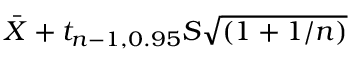
{ \bar { X } } + t _ { n - 1 , 0 . 9 5 } S { \sqrt { \left( 1 + 1 / n \right) } }